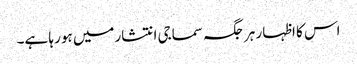
اس کا اظہار ہر جگہ سماجی انتشارمیں ہو رہا ہے۔